Scottish Leaving Certificate Examination, 1959
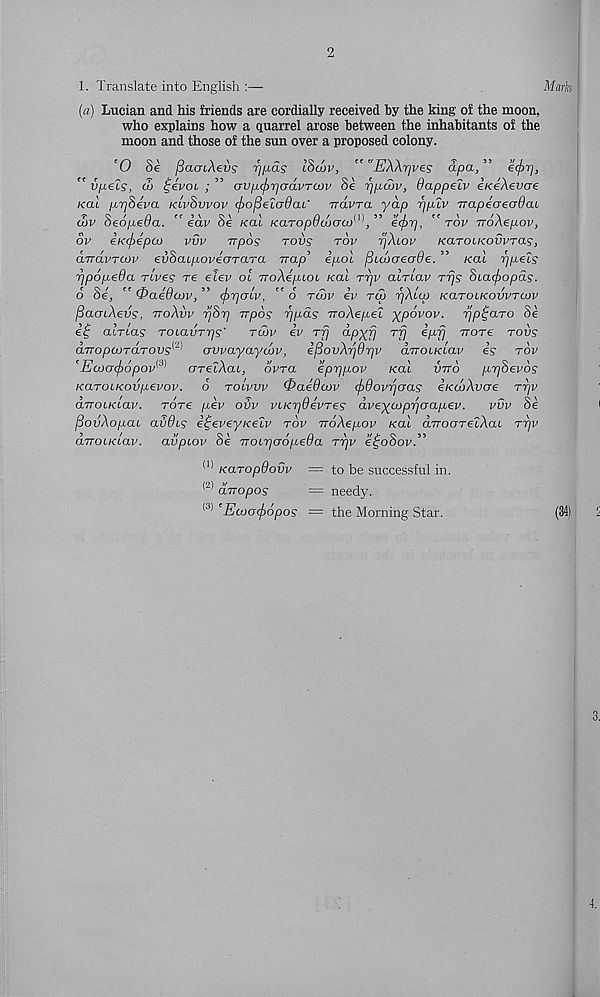
2
1. Translate into English :—
Mark
(a) Lucian and his friends are cordially received by the king of the moon,
who explains how a quarrel arose between the inhabitants of the
moon and those of the sun over a proposed colony.
’O 8e fiaaiAevs rj/jids IScov, ""EXXrjves dpa, ”
" v^els, dj £ivoi ; ” avficjyrjadvTOJV 8e rj/xcov, dappelv eKeXevae
xal prjSeva klvSvvov cfro^eladac' Travra yap rjp.lv rrapeaeadai
(Lv 8e6pe6a. “ idv Se real KaTopdcocraj^E’ ecf>7], ''rov rroXepov,
ov €Kcf)€pco vvv rrpos rovs rov r/Xiov KaTOiKovvras,
OLTravTCov euSat/xovecrrara Trap’ ipol fiutxjeijOe. ” real rjp,els
rjpopeda rives re eiev oi rroAeptot /cat rrjv air lav rrjs 8iacf>opds.
o oe,
U^aeucoVj
<pr]cnv,
o rcov ev toj rjAuo kcltolkovvtcqv
fiacnXevs, iroXvv T]8rj rrpos rjpds rroXep-el ypovov. rjp^aro 8e
e£; air las roiavrrjs'
rcov ev rfj apxfj T fj ^l x fl rrore rovs
aTTopoordrovs^ avvayaycov, ifiovXrjOrjv arroiKiav is rov
' Ecooc/ropov^ arelXai, ovra eprjp-ov /cat vtto prjSevos
KaroiKovp-evov. 6 roivvv 0aiOa>v cfrdovrjaas eKioXvae rrjv
arroiKiav. rare p.ev ovv vuerjOevres dvexa)prjaap.ev.
vvv Se
povXop,ai avdis e^eveyxelv rov TroXep.ov /cat drroareiXai rr/v
arroiKiav. avpiov 8e Troir]cr6p,e9a rrjv e^oSovE
(1) KaropOovv — to be successful in.
(2) diropos
= needy.
(3> 'Eojo(j)6pos = the Morning Star.
(34)
4.